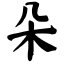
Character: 朵